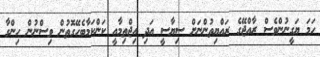
ހަމަ ޔަގީނުންވެސް ރާއްޖޭގެ ރައްޔިތުންނަށް ސިޔާސީ އަދި އިޖްތިމާއީ ކަންކަމާބެހޭގޮތުން ވިސްނުން ހިންގާ